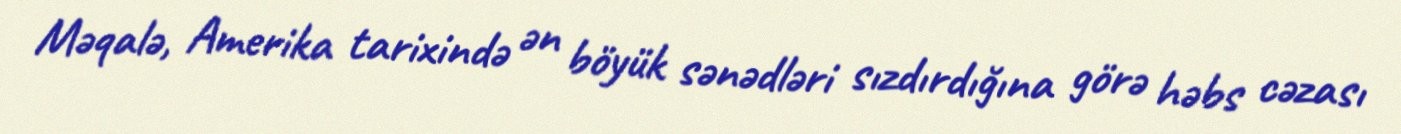
Məqalə, Amerika tarixində ən böyük sənədləri sızdırdığına görə həbs cəzası